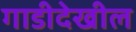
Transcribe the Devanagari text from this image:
गाडीदेखील